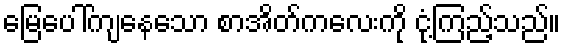
မြေပေါ်ကျနေသော စာအိတ်ကလေးကို ငုံ့ကြည့်သည်။